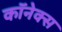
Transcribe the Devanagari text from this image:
कॉनेक्स